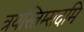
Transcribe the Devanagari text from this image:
त्रयस्त्रिम्सदमि